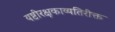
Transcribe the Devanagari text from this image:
यष्टीरक्षकाव्यतिरीक्त